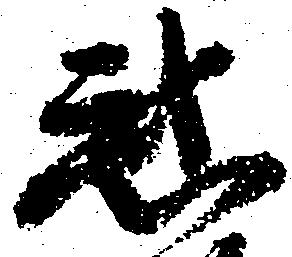
惑